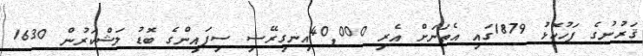
ޤަރުނުގެ ފަހުކޮޅު 1879ގައި އެތަނަށް އެރި 40